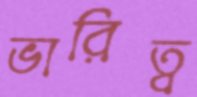
ভারিত্ব